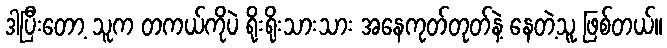
ဒါပြီးတော့ သူက တကယ်ကိုပဲ ရိုးရိုးသားသား အနေကုတ်တုတ်နဲ့ နေတဲ့သူ ဖြစ်တယ်။